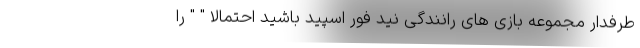
طرفدار مجموعه بازی های رانندگی نید فور اسپید باشید احتمالا " " را